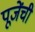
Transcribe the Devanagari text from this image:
पूजेंची